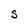
Character: S